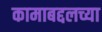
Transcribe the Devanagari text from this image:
कामाबद्दलच्या